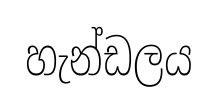
හැන්ඩලය